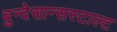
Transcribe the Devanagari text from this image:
बुन्देसान्सस्टाल्ट